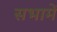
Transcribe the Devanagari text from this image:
सभामें